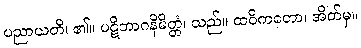
ပညာယတိ၊ ၏။ ပဋိဘာဂနိမိတ္တံ၊ သည်။ ထဝိကတော၊ အိတ်မှ။